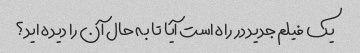
یک فیلم جدید در راه است آیا تا به حال آن را دیده اید؟